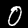
Label: 0